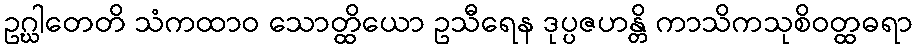
ဥဂ္ဃါတေတိ သံကထာဝ သောတ္ထိယော ဥသီရေန ဒုပ္ပဇဟန္တိ ကာသိကသုစိဝတ္ထဓရာ